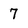
Character: 7